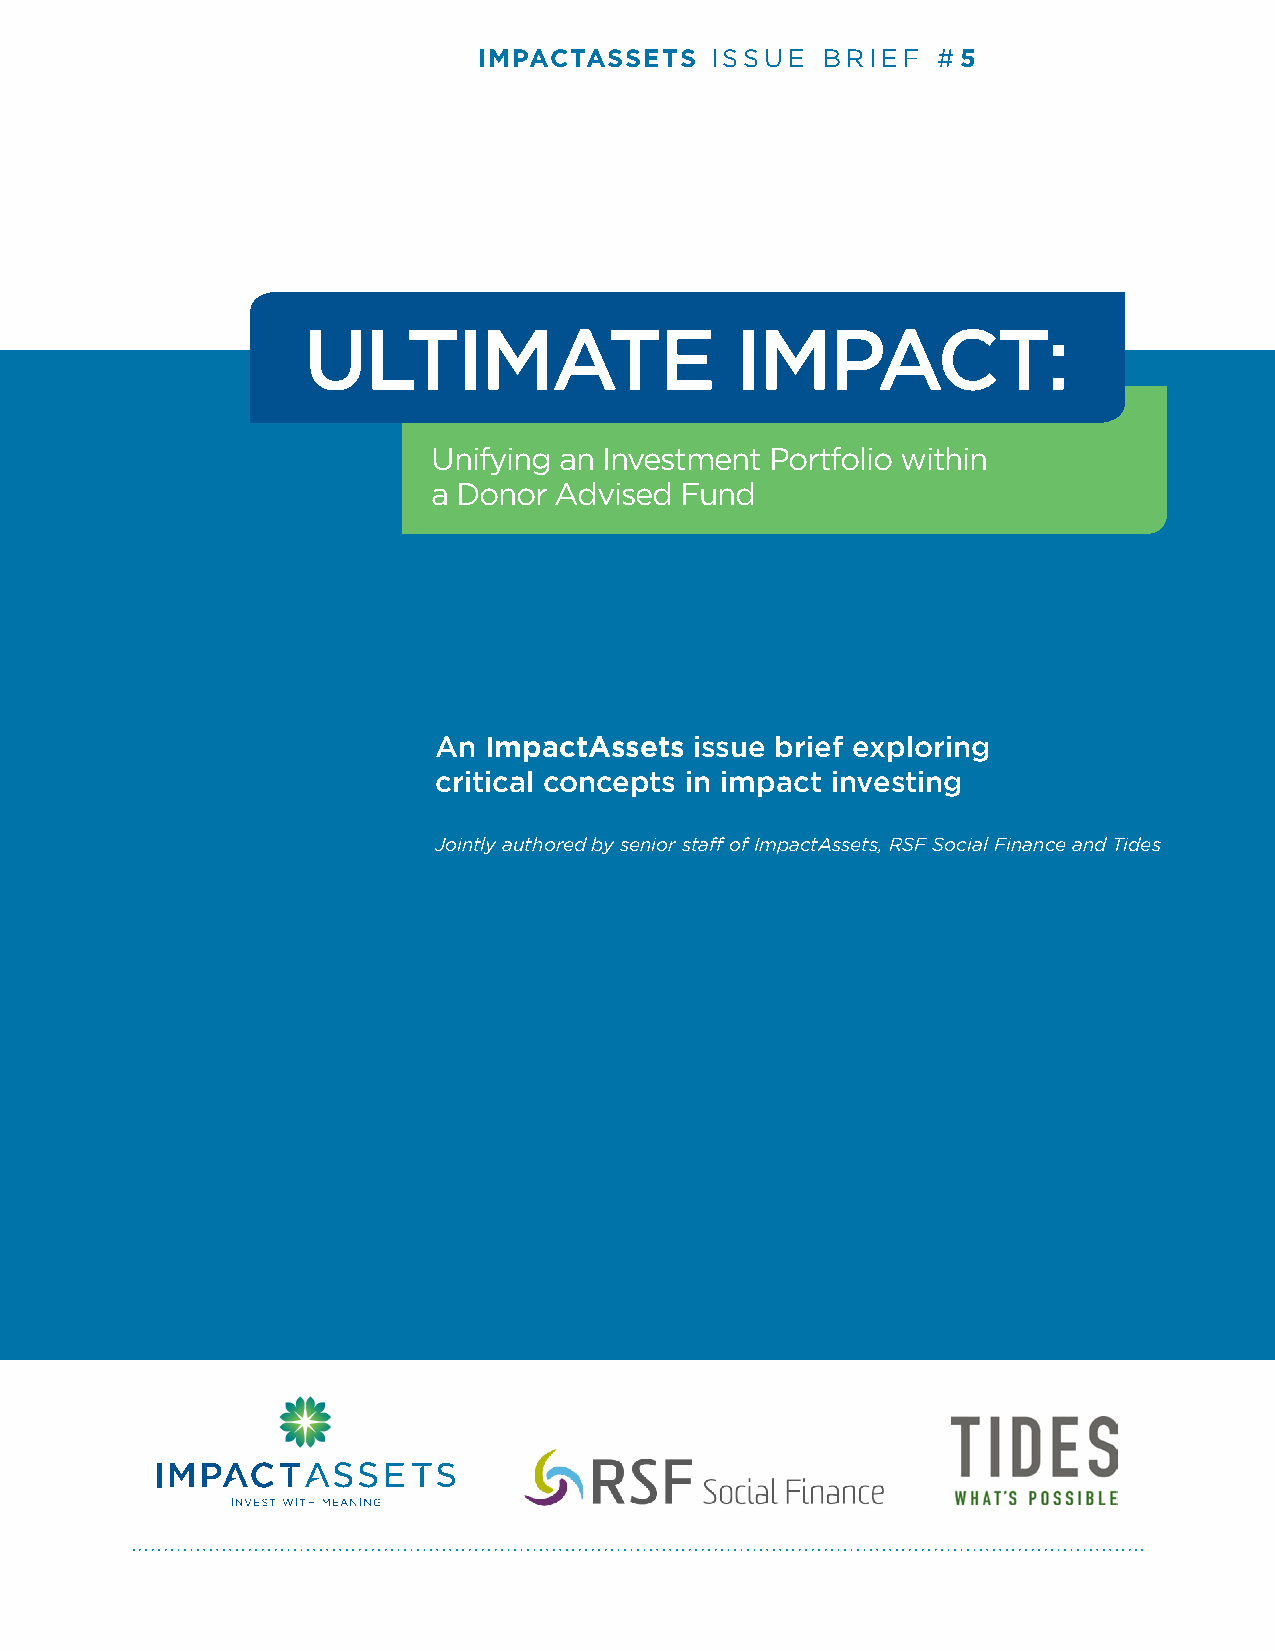
IMPACTASSETS   ISSUE  BRIEF   #5
 ULTIMATE                     IMPACT:
 Unifying an Investment Portfolio within
 a Donor Advised Fund
 An ImpactAssets  issue brief exploring
 critical concepts in impact investing
 Jointly authored by senior staff of ImpactAssets, RSF Social Finance and Tides